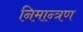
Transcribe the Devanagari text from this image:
निमान्त्रण